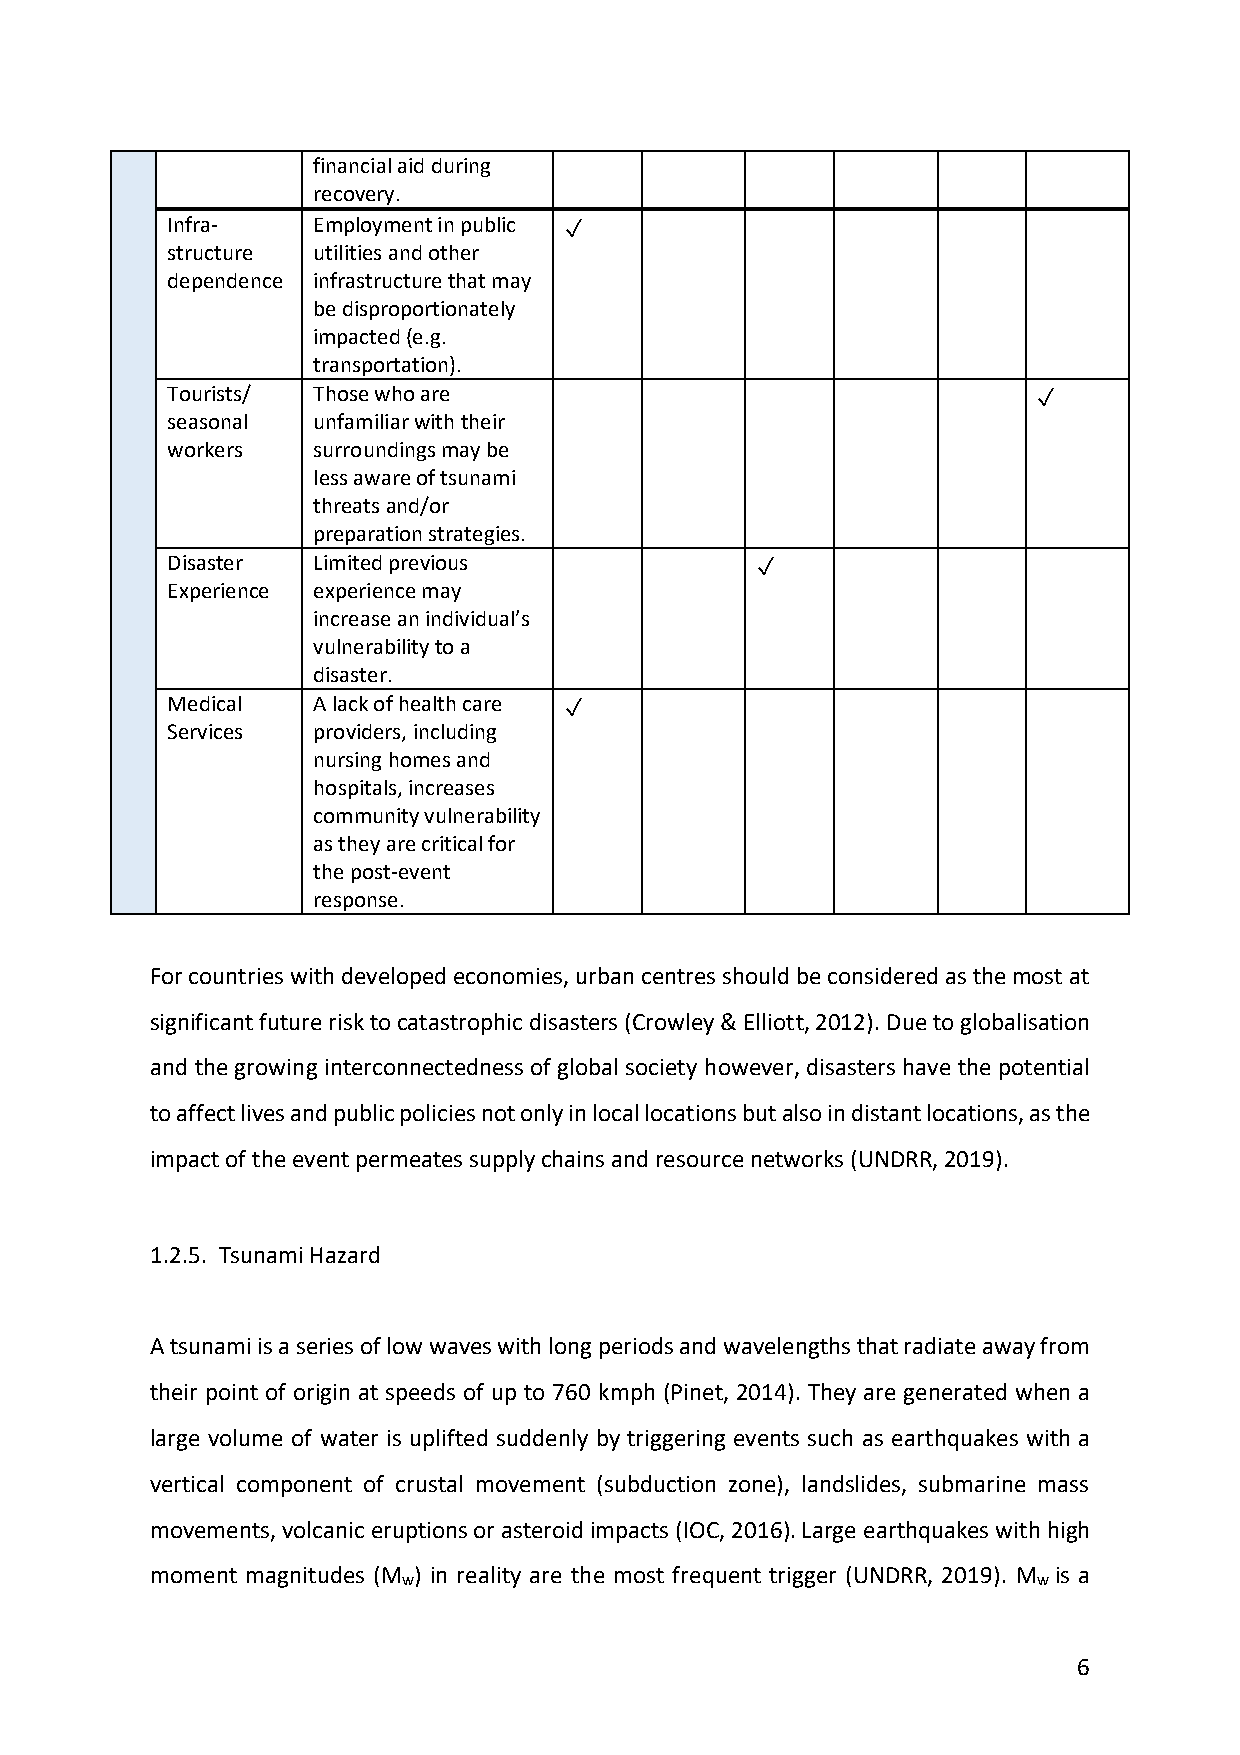
financial aid during
 recovery.
 Infra-    Employment in public ✓
 structure utilities and other
 dependence infrastructure that may
 be disproportionately
 impacted (e.g.
 transportation).
 Tourists/ Those who are                                   ✓
 seasonal  unfamiliar with their
 workers   surroundings may be
 less aware of tsunami
 threats and/or
 preparation strategies.
 Disaster  Limited previous             ✓
 Experience experience may
 increase an individual’s
 vulnerability to a
 disaster.
 Medical   A lack of health care ✓
 Services  providers, including
 nursing homes and
 hospitals, increases
 community vulnerability
 as they are critical for
 the post-event
 response.
 For countries with developed economies, urban centres should be considered as the most at
 significant future risk to catastrophic disasters (Crowley & Elliott, 2012). Due to globalisation
 and the growing interconnectedness of global society however, disasters have the potential
 to affect lives and public policies not only in local locations but also in distant locations, as the
 impact of the event permeates supply chains and resource networks (UNDRR, 2019).
 1.2.5. Tsunami Hazard
 A tsunami is a series of low waves with long periods and wavelengths that radiate away from
 their point of origin at speeds of up to 760 kmph (Pinet, 2014). They are generated when a
 large volume of water is uplifted suddenly by triggering events such as earthquakes with a
 vertical component of crustal movement (subduction zone), landslides, submarine mass
 movements, volcanic eruptions or asteroid impacts (IOC, 2016). Large earthquakes with high
 moment magnitudes (M ) in reality are the most frequent trigger (UNDRR, 2019). M is a
 w                                         w
 6